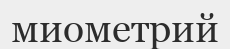
миометрий